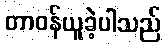
တာဝန်ယူခဲ့ပါသည်